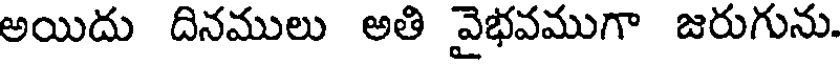
అయిదు దినములు అతి వైభవముగా జరుగును.